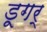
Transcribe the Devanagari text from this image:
डूगर्